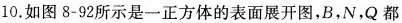
10.如图8-92所示是一正方体的表面展开图，B，N，Q都